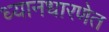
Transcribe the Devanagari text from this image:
ध्यानधारणेत